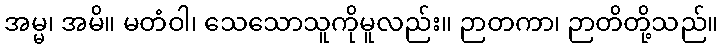
အမ္မ၊ အမိ။ မတံဝါ၊ သေသောသူကိုမူလည်း။ ဉာတကာ၊ ဉာတိတို့သည်။